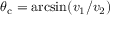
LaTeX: \theta _ { \mathrm { c } } = \arcsin ( v _ { 1 } / v _ { 2 } )